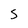
Character: S